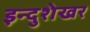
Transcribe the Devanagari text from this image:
इन्दुशेखर